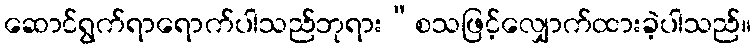
ဆောင်ရွက်ရာရောက်ပါသည်ဘုရား”စသဖြင့်လျှောက်ထားခဲ့ပါသည်။